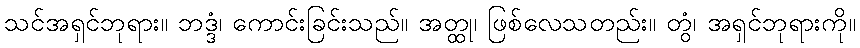
သင်အရှင်ဘုရား။ ဘဒ္ဒံ၊ ကောင်းခြင်းသည်။ အတ္ထု၊ ဖြစ်လေသတည်း။ တွံ၊ အရှင်ဘုရားကို။